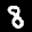
Label: 8